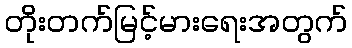
တိုးတက်မြင့်မားရေးအတွက်